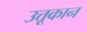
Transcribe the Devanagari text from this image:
उत्तूकान